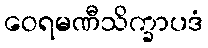
ဝေရမဏီသိက္ခာပဒံ